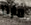
مارتا